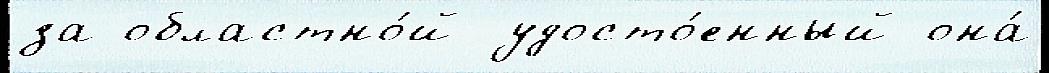
за областно́й удосто́енный она́